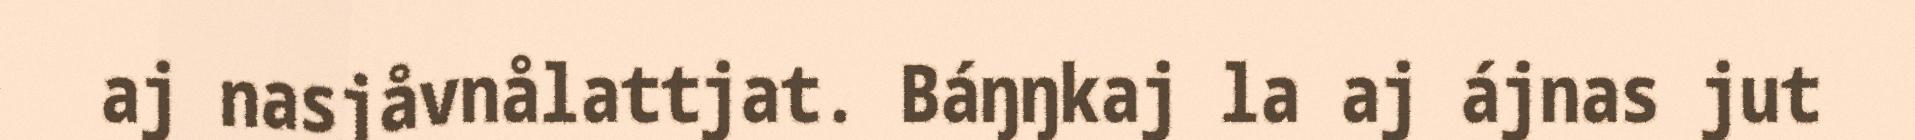
aj nasjåvnålattjat. Báŋŋkaj la aj ájnas jut